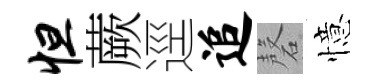
怛蕨逕追磬憶